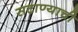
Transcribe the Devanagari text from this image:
सटाण्याची